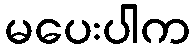
မပေးပါက